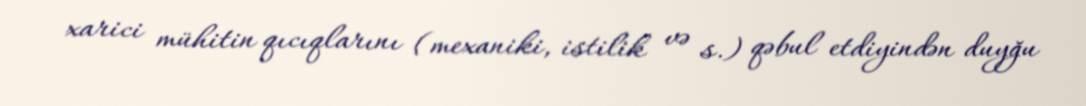
xarici mühitin qıcıqlarını (mexaniki, istilik və s.) qəbul etdiyindən duyğu